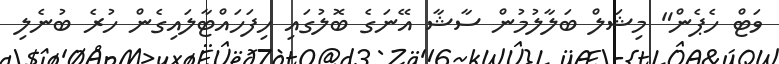
ވަޓް ހެޕެން" މިޝަލް ބަލާލުމުން ސާޝާ އޭނަގެ ބޮލުގައި ހިފަހައްޓާލައިގެން ހުރެ ބުނެލި